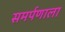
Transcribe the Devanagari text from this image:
समर्पणाला